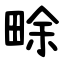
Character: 畭